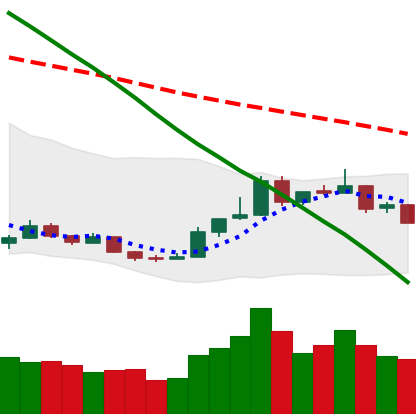
Ticker: BTC-USD
Chart end date: 2018-12-27
Forward return: 5.163%
Label: up_5_7